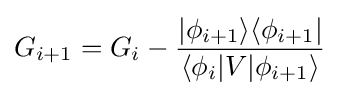
G_{i+1}=G_{i}-{\frac {|\phi _{i+1}\rangle \langle \phi _{i+1}|}{\langle \phi _{i}|V|\phi _{i+1}\rangle }}